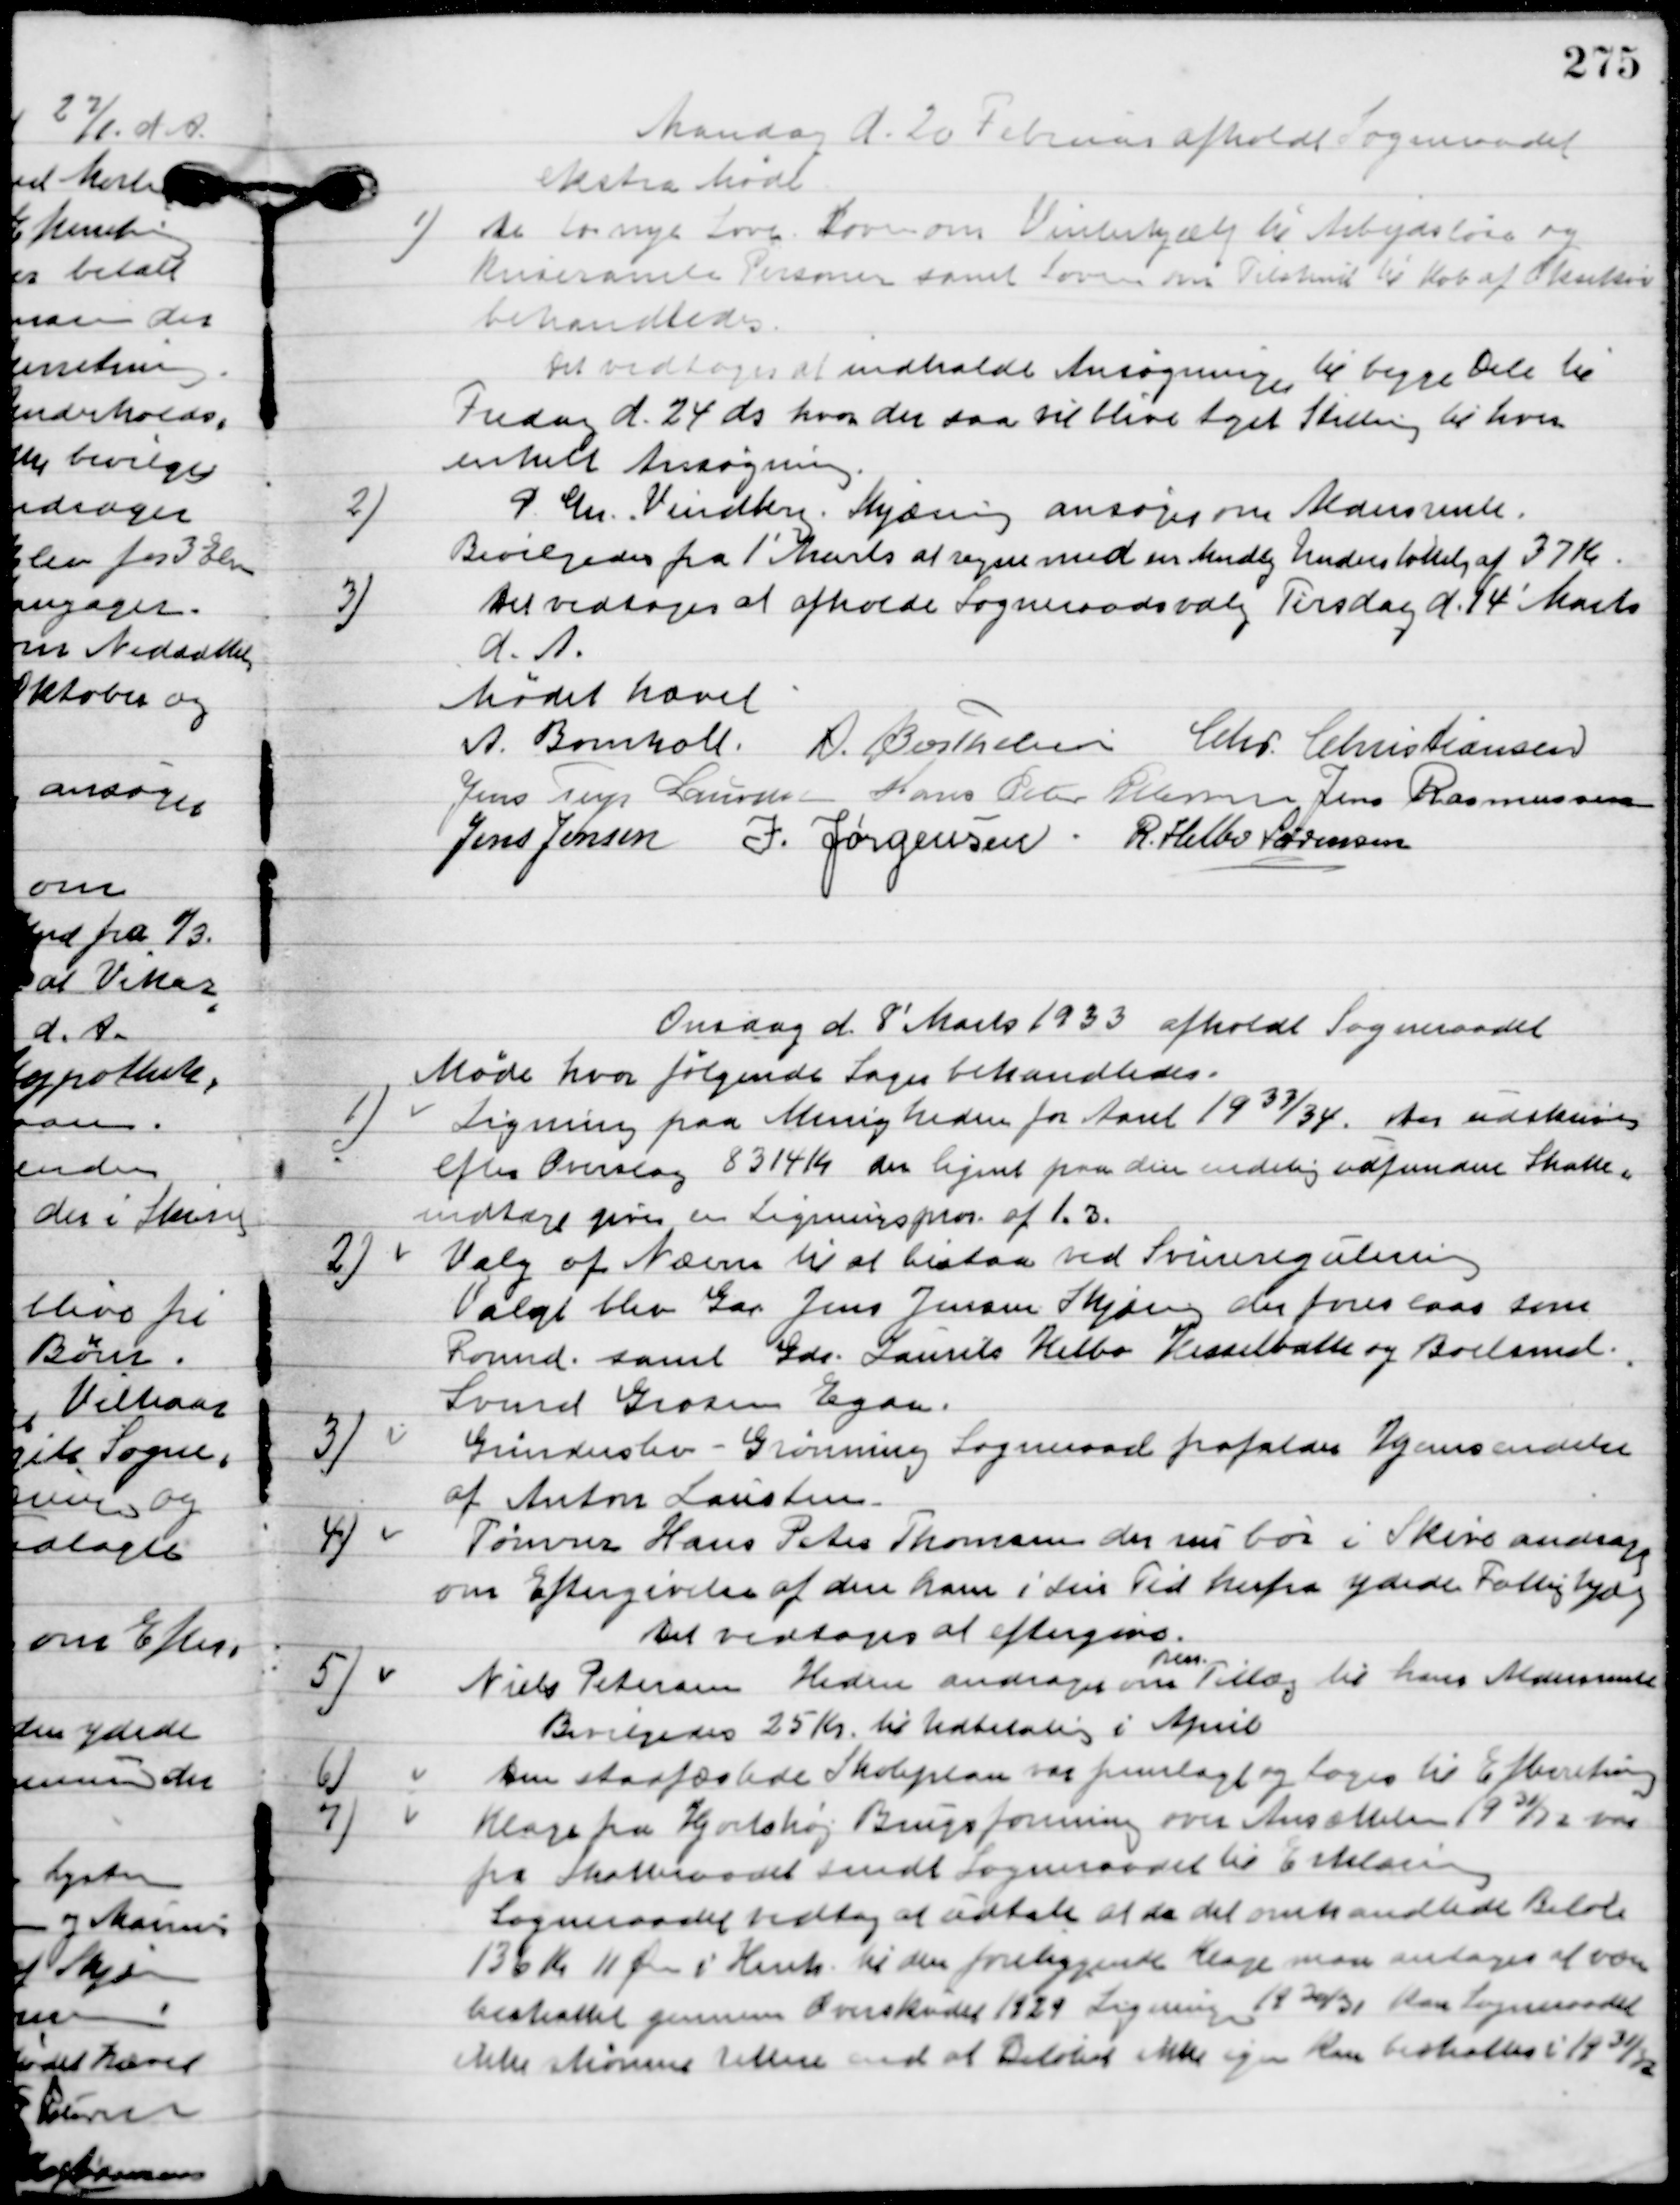
Transskription:
Mandag d. 20  Februar afholdt Sogneraadet
ekstra Møde

1

De to nye Love. Loven om Vinterhjælp til Arbejdsløse og 
Kriseramte Personer samt loven om Tilskud til Køb af Oksekød
behandledes.
Det vedtoges at indholde Ansøgningen til begge dele til 
Fredag d. 24 ds. hvor der saa vil blive taget Stilling til hver 
enkelt ansøgning.

2.

Gl. Chr. Vindberg. Skjæring ansøger om Aldersrente.
Bevilgedes fra 1´Marts at regne med en Mandlige Understøttelse af 37 Kr.

3.

Det vedtoges at afholde Sogneraadsvalg Tirsdag d. 14´Marts
d. A.

Mødet hævet.

A. Bomholt
A. Berthelsen
Chr. Christiansen
Jens Terp Laursen
Hans Peter Pedersen
Jens Rasmussen
Jens Jensen
I. Jørgensen
R. Helbo Sørensen.

Onsdag d. 8. Marts 1933 afholdt Sogneraadet
Møde hvor følgende Sager behandledes.

1

Ligningen pa Menigheden for Aaret 19 33/34. der udskrives
efter Overslag 8314 Kr. der lignet paa den endelig indfundne skatter
indtægt gives af Lignigspros. af 1.3.

2

Valg af Nævn til at bistaa ved Svineregulering.
Valgt blev Gdr. Jens Jensen Skjæring der foreslaas som
Formd. samt Gdr. Laurits Helbo Hesselballe og Boelsmd.
Svend Grosen Egaa.

3

Grinderslev-Grønning Sogneraad frafalder Anmeldelse
af Anton Laursten.

4

Tømrer Hans Peter Thomsen der nu bor i Skive andrager
om Eftergivelse af deres ham i sin Tid herfra ydede Fattighjælp.
Det vedtoges at eftergive.

5

Niels Petersen Heden andrager om
pers.
Tillæg til hans aldersrente.
Bevilgedes 25 Kr. til Udbetaling i April.

6

Den stadfæstede Skoleplan var fremlagt og toges til Efterretning.

7

Klage fra Hjortshøj Brugsforening om Ansættelsen 1931/32 var
for skatteaaret samt Sogneraadet til Erklæring.
Sogneraadet vedtog at udtale at da det omhandlede Beløb
136 Kr. 11 Øre i henh. til den foreliggende Klage man antager at være
behandlet gennem Overskudet 1929 Ligning 1930/31 Kan Sogneraadet
 ikke skønne rettere end at Beløbet ikke igen Kan beholdes i 1931/32